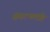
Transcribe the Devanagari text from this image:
संघटनमंत्री